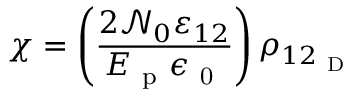
\chi = \left( \frac { 2 \mathcal { N } _ { 0 } \varepsilon _ { 1 2 } } { E _ { \mathrm { ~ p ~ } } \epsilon _ { \mathrm { ~ 0 ~ } } } \right) \rho _ { 1 2 _ { \mathrm { ~ D ~ } } }